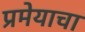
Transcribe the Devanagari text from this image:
प्रमेयाचा